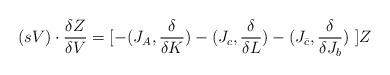
LaTeX: \begin{align*}(sV) \cdot{{\delta Z }\over{ \delta V }}= [ - (J_A,{{ \delta}\over{ \delta K}}) - (J_c,{{ \delta}\over{ \delta L}}) - (J_{\bar{c}},{{ \delta}\over{ \delta J_b }} ) \ ]Z\end{align*}